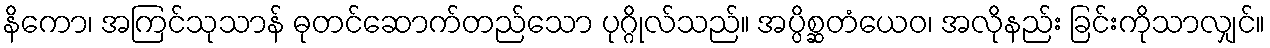
နိကော၊ အကြင်သုသာန် ဓုတင်ဆောက်တည်သော ပုဂ္ဂိုလ်သည်။ အပ္ပိစ္ဆတံယေဝ၊ အလိုနည်း ခြင်းကိုသာလျှင်။